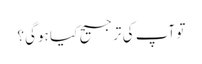
تو آپ کی ترجیح کیا ہوگی؟